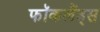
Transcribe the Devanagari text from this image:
फॉकलैंड्स